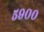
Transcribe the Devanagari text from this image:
५९००